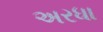
અરધા